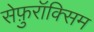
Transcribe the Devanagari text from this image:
सेफ़ुरॉक्सिम